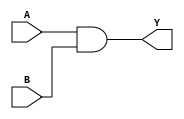
module AND2(A,B,Y);
	input A,B;
	output Y;
	and(Y,A,B);
	endmodule